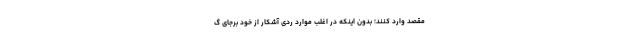
مقصد وارد کنند؛ بدون اینکه در اغلب موارد ردی آشکار از خود برجای گ